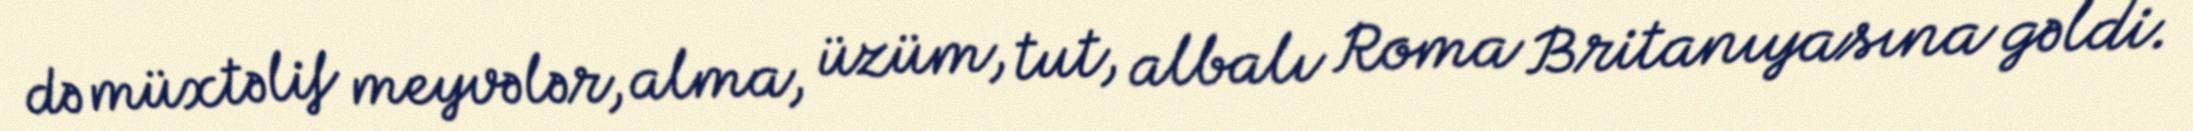
də müxtəlif meyvələr, alma, üzüm, tut, albalı Roma Britanıyasına gəldi.